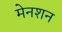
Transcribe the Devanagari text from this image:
मेनशन